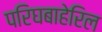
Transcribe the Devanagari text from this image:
परिघबाहेरिल